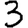
Digit: 3